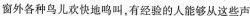
窗外各种鸟儿欢快地鸣叫，有经验的人能够从这些声